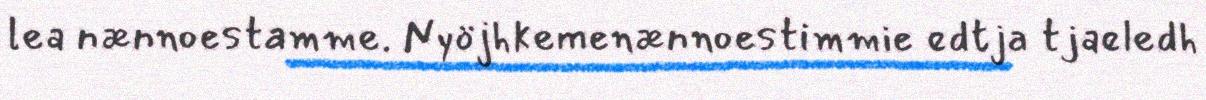
lea nænnoestamme. Nyöjhkemenænnoestimmie edtja tjaeledh